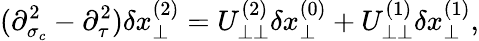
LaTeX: (\partial_{\sigma_{c}}^{2}-\partial_{\tau}^{2})\delta x_{\perp}^{(2)}=U_{\perp\perp}^{(2)}\delta x_{\perp}^{(0)}+U_{\perp\perp}^{(1)}\delta x_{\perp}^{(1)},